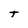
Character: t